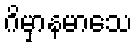
ဂိမှာနမာသေ